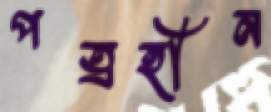
পত্রহীন